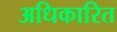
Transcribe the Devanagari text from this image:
अधिकारित